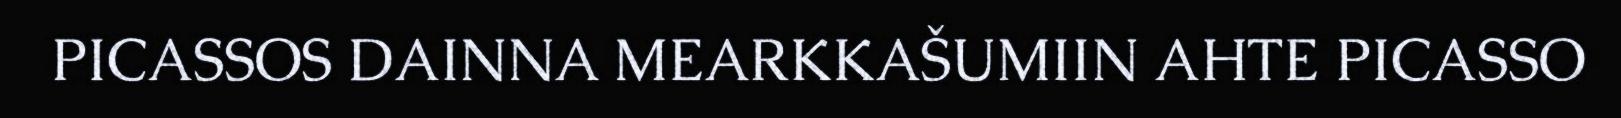
PICASSOS DAINNA MEARKKAŠUMIIN AHTE PICASSO